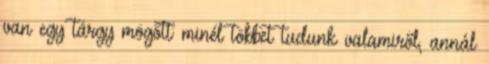
van egy tárgy mögött: minél többet tudunk valamiről, annál